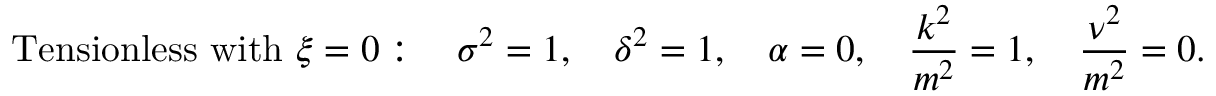
\mathrm { T e n s i o n l e s s \ w i t h } \ \xi = 0 : \quad \sigma ^ { 2 } = 1 , \quad \delta ^ { 2 } = 1 , \quad \alpha = 0 , \quad \frac { k ^ { 2 } } { m ^ { 2 } } = 1 , \quad \frac { \nu ^ { 2 } } { m ^ { 2 } } = 0 .